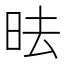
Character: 㫢